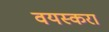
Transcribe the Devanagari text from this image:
वयस्करा